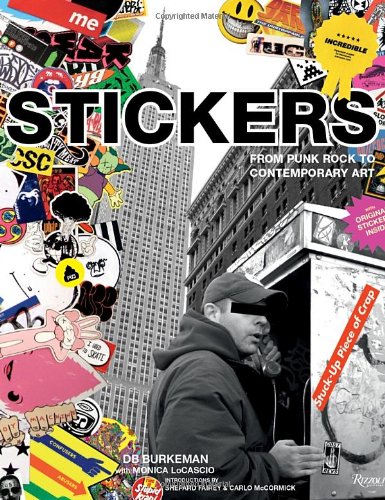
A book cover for Stickers: Stuck-Up Piece of Crap: From Punk Rock to Contemporary Art; DB Burkeman; Arts & Photography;